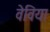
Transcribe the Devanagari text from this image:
वेविया